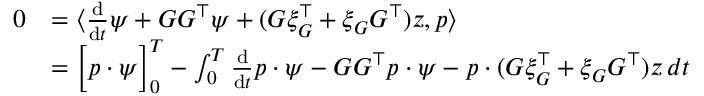
\begin{array} { r l } { 0 } & { = \langle \frac { \mathrm { d } } { \mathrm { d } t } \psi + G G ^ { \top } \psi + ( G \xi _ { G } ^ { \top } + \xi _ { G } G ^ { \top } ) z , p \rangle } \\ & { = \Big [ p \cdot \psi \Big ] _ { 0 } ^ { T } - \int _ { 0 } ^ { T } \frac { \mathrm { d } } { \mathrm { d } t } p \cdot \psi - G G ^ { \top } p \cdot \psi - p \cdot ( G \xi _ { G } ^ { \top } + \xi _ { G } G ^ { \top } ) z \, d t } \end{array}